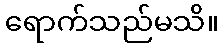
ရောက်သည်မသိ။